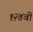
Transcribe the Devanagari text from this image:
१२४वी